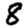
Digit: 8